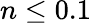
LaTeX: n\le 0.1